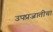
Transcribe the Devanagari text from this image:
उपप्रजातीचा